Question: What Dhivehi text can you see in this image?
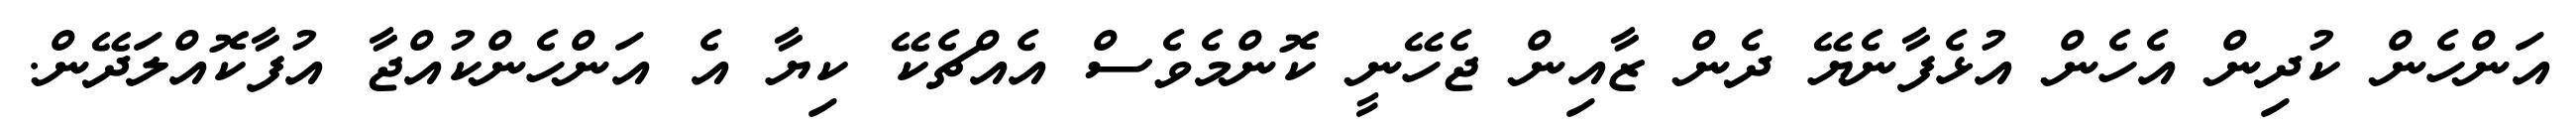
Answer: އަންހެން ކުދިން އެހެން އުޅެފާނެޔޭ ދެން ޒާއިން ޖެހޭނީ ކޮންމެވެސް އެއްޗެކޭ ކިޔާ އެ އަންހެންކުއްޖާ އުފާކޮއްލަދޭން.